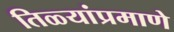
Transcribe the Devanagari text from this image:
तिळ्यांप्रमाणे